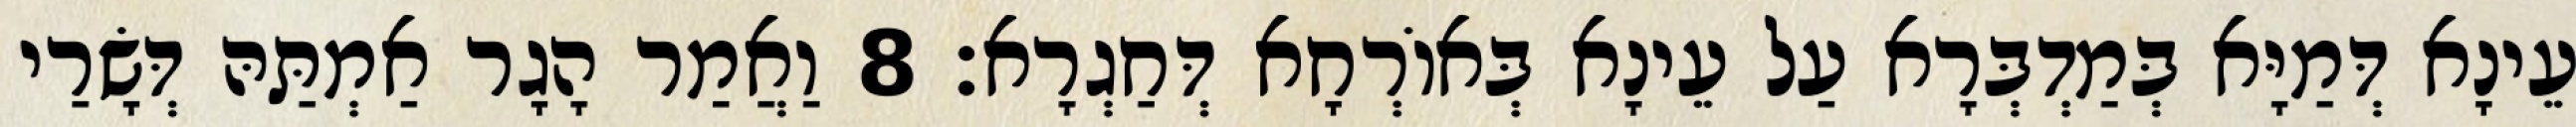
עֵינָא דְּמַיָּא בְּמַדְבְּרָא עַל עֵינָא בְּאוֹרְחָא דְּחַגְרָא׃ 8 וַאֲמַר הָגָר אַמְתַּהּ דְּשָׂרַי